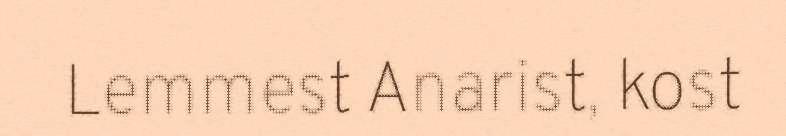
Lemmest Anarist, kost